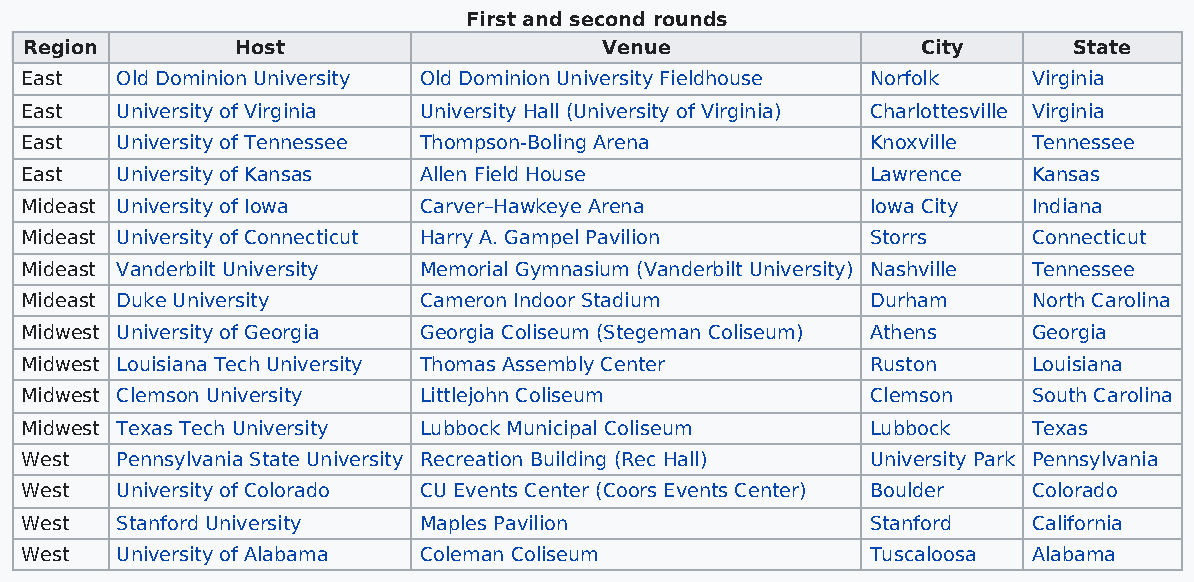
First and second rounds
 Region        Host                    Venue                City      State
 East   Old Dominion University Old Dominion University Fieldhouse Norfolk Virginia
 East   University of Virginia University Hall (University of Virginia) Charlottesville Virginia
 East   University of Tennessee Thompson-Boling Arena     Knoxville Tennessee
 East   University of Kansas Allen Field House            Lawrence  Kansas
 Mideast University of Iowa Carver–Hawkeye Arena          Iowa City Indiana
 Mideast University of Connecticut Harry A. Gampel Pavilion Storrs  Connecticut
 Mideast Vanderbilt University Memorial Gymnasium (Vanderbilt University) Nashville Tennessee
 Mideast Duke University    Cameron Indoor Stadium        Durham    North Carolina
 Midwest University of Georgia Georgia Coliseum (Stegeman Coliseum) Athens Georgia
 Midwest Louisiana Tech University Thomas Assembly Center Ruston    Louisiana
 Midwest Clemson University Littlejohn Coliseum           Clemson   South Carolina
 Midwest Texas Tech University Lubbock Municipal Coliseum Lubbock   Texas
 West   Pennsylvania State University Recreation Building (Rec Hall) University Park Pennsylvania
 West   University of Colorado CU Events Center (Coors Events Center) Boulder Colorado
 West   Stanford University Maples Pavilion               Stanford  California
 West   University of Alabama Coleman Coliseum            Tuscaloosa Alabama